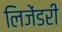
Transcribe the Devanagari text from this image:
लिजेंडरी